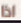
اذا